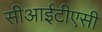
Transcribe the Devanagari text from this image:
सीआईटीएसी